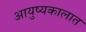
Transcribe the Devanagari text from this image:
आयुष्यकालात